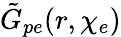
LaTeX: \tilde{G}_{pe}(r,\chi_{e})